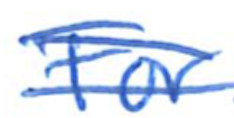
Text: For
Cross-out: mix
Writing tool: ballpoint